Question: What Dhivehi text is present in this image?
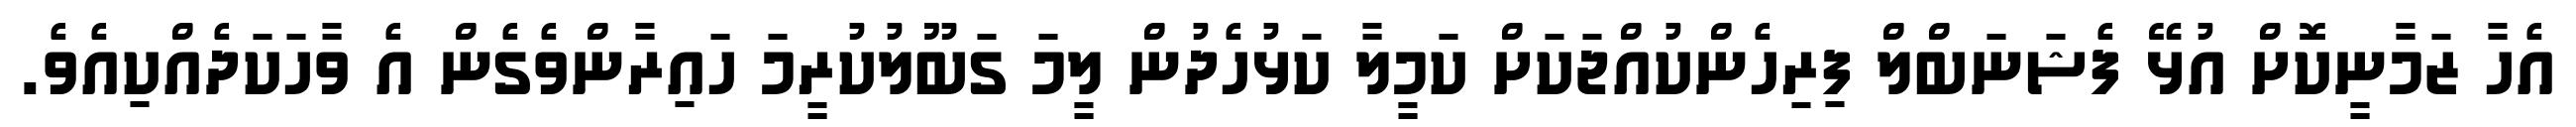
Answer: އެހާ ޒަމާނީކޮށް އުޅޭ ފެޝަނަބްލް ފިރިހެންކުއްޖަކަށް ކަމީލާ ކަޅުހެދުން ލީމަ ގަބޫލުކުރީމަ ހައިރާންވެގެން އެ ވާހަކަދެއްކިއެވެ.